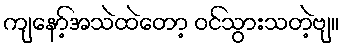
ကျနော့်အသဲထဲတော့ ဝင်သွားသတဲ့ဗျ။